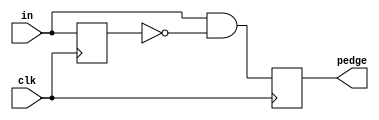
module top_module (
    input clk,
    input [7:0] in,
    output [7:0] pedge
);
    
    reg [7:0] temp;
    wire [7:0] temp_out;
    
    always @(posedge clk)
        begin
            temp <= in;
        end
    
    assign temp_out = in & ~temp;  //when 0 bit changes to 1
    //assign temp_out = in ^ temp;  //any edge changes 
    
    always @(posedge clk)
        begin
            pedge <=temp_out;
        end
    

endmodule